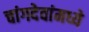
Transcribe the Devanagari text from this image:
चांगदेवांमध्ये